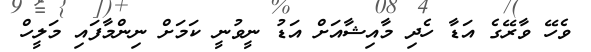
ވެހޭ ވާރޭގެ އަޑާ ހެދި މާއިޝާއަށް އަޑު ނީވުނީ ކަމަށް ނިންމާފައި މަލީހް